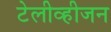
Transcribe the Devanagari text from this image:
टेलीव्हीजन